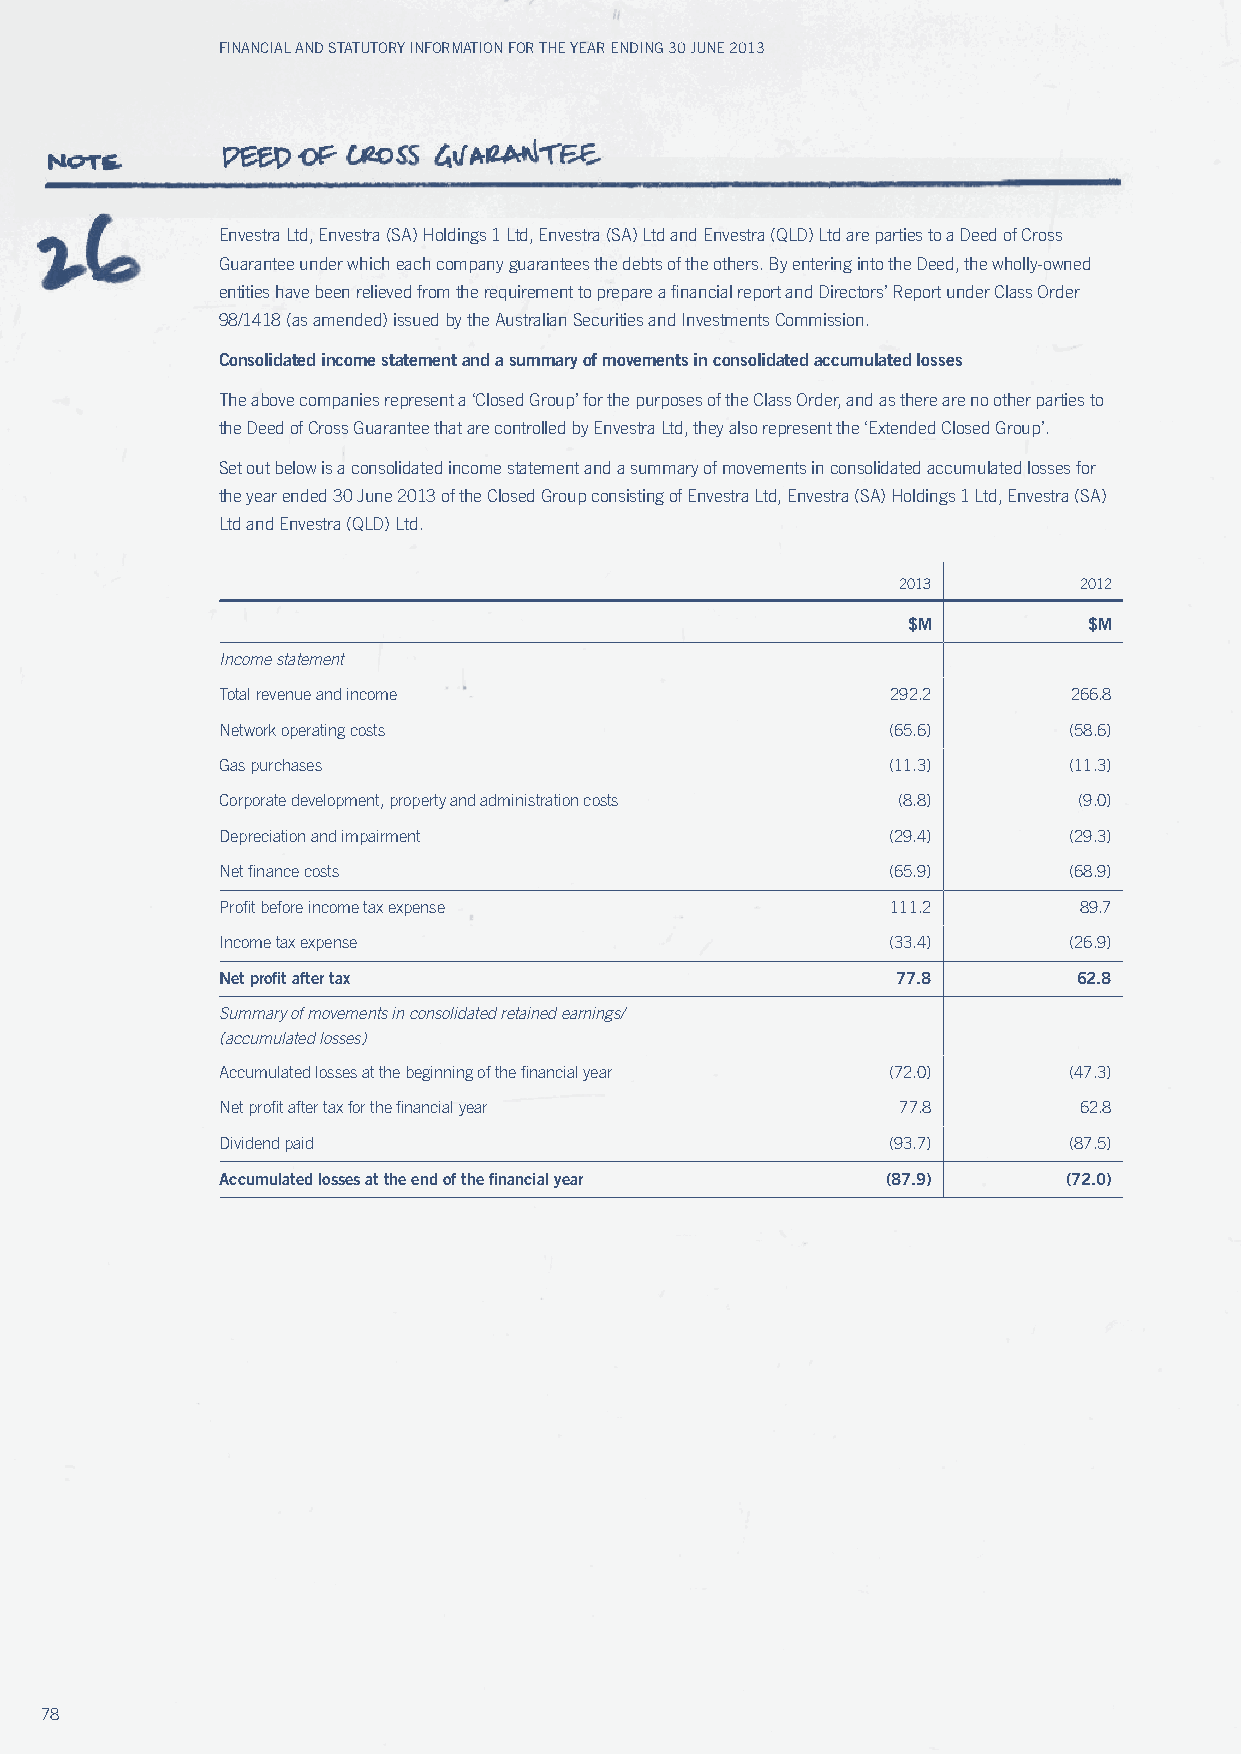
Financial and Statutory inFormation For the year ending 30 June 2013
 Envestra Ltd, Envestra (SA) Holdings 1 Ltd, Envestra (SA) Ltd and Envestra (QLD) Ltd are parties to a Deed of Cross
 Guarantee under which each company guarantees the debts of the others. By entering into the Deed, the wholly-owned
 entities have been relieved from the requirement to prepare a financial report and Directors’ Report under Class Order
 98/1418 (as amended) issued by the Australian Securities and Investments Commission.
 Consolidated income statement and a summary of movements in consolidated accumulated losses
 The above companies represent a ‘Closed Group’ for the purposes of the Class Order, and as there are no other parties to
 the Deed of Cross Guarantee that are controlled by Envestra Ltd, they also represent the ‘Extended Closed Group’.
 Set out below is a consolidated income statement and a summary of movements in consolidated accumulated losses for
 the year ended 30 June 2013 of the Closed Group consisting of Envestra Ltd, Envestra (SA) Holdings 1 Ltd, Envestra (SA)
 Ltd and Envestra (QLD) Ltd.
 2013       2012
 $M          $M
 Income statement
 Total revenue and income                    292.2       266.8
 Network operating costs                     (65.6)      (58.6)
 Gas purchases                               (11.3)      (11.3)
 Corporate development, property and administration costs (8.8) (9.0)
 Depreciation and impairment                 (29.4)      (29.3)
 Net finance costs                           (65.9)      (68.9)
 Profit before income tax expense            111.2       89.7
 Income tax expense                          (33.4)      (26.9)
 Net profit after tax                        77.8        62.8
 summary of movements in consolidated retained earnings/
 (accumulated losses)
 Accumulated losses at the beginning of the financial year (72.0) (47.3)
 Net profit after tax for the financial year  77.8       62.8
 Dividend paid                               (93.7)      (87.5)
 Accumulated losses at the end of the financial year (87.9) (72.0)
 78